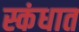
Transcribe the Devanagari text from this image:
स्कंधात